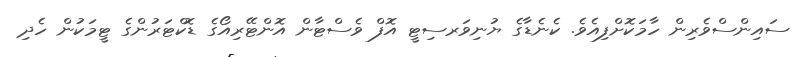
ސައިންސްވެރިން ހާމަކޮށްފިއެވެ. ކެނެޑާގެ ޔުނިވަރސިޓީ އޮފް ވެސްޓާން އޮންޓޭރިއޯގެ ޑޮކްޓަރުންގެ ޓީމަކުން ހެދި